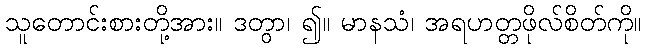
သူတောင်းစားတို့အား။ ဒတွာ၊ ၍။ မာနသံ၊ အရဟတ္တဖိုလ်စိတ်ကို။